Heimtali_vallavalitsus, lk 76
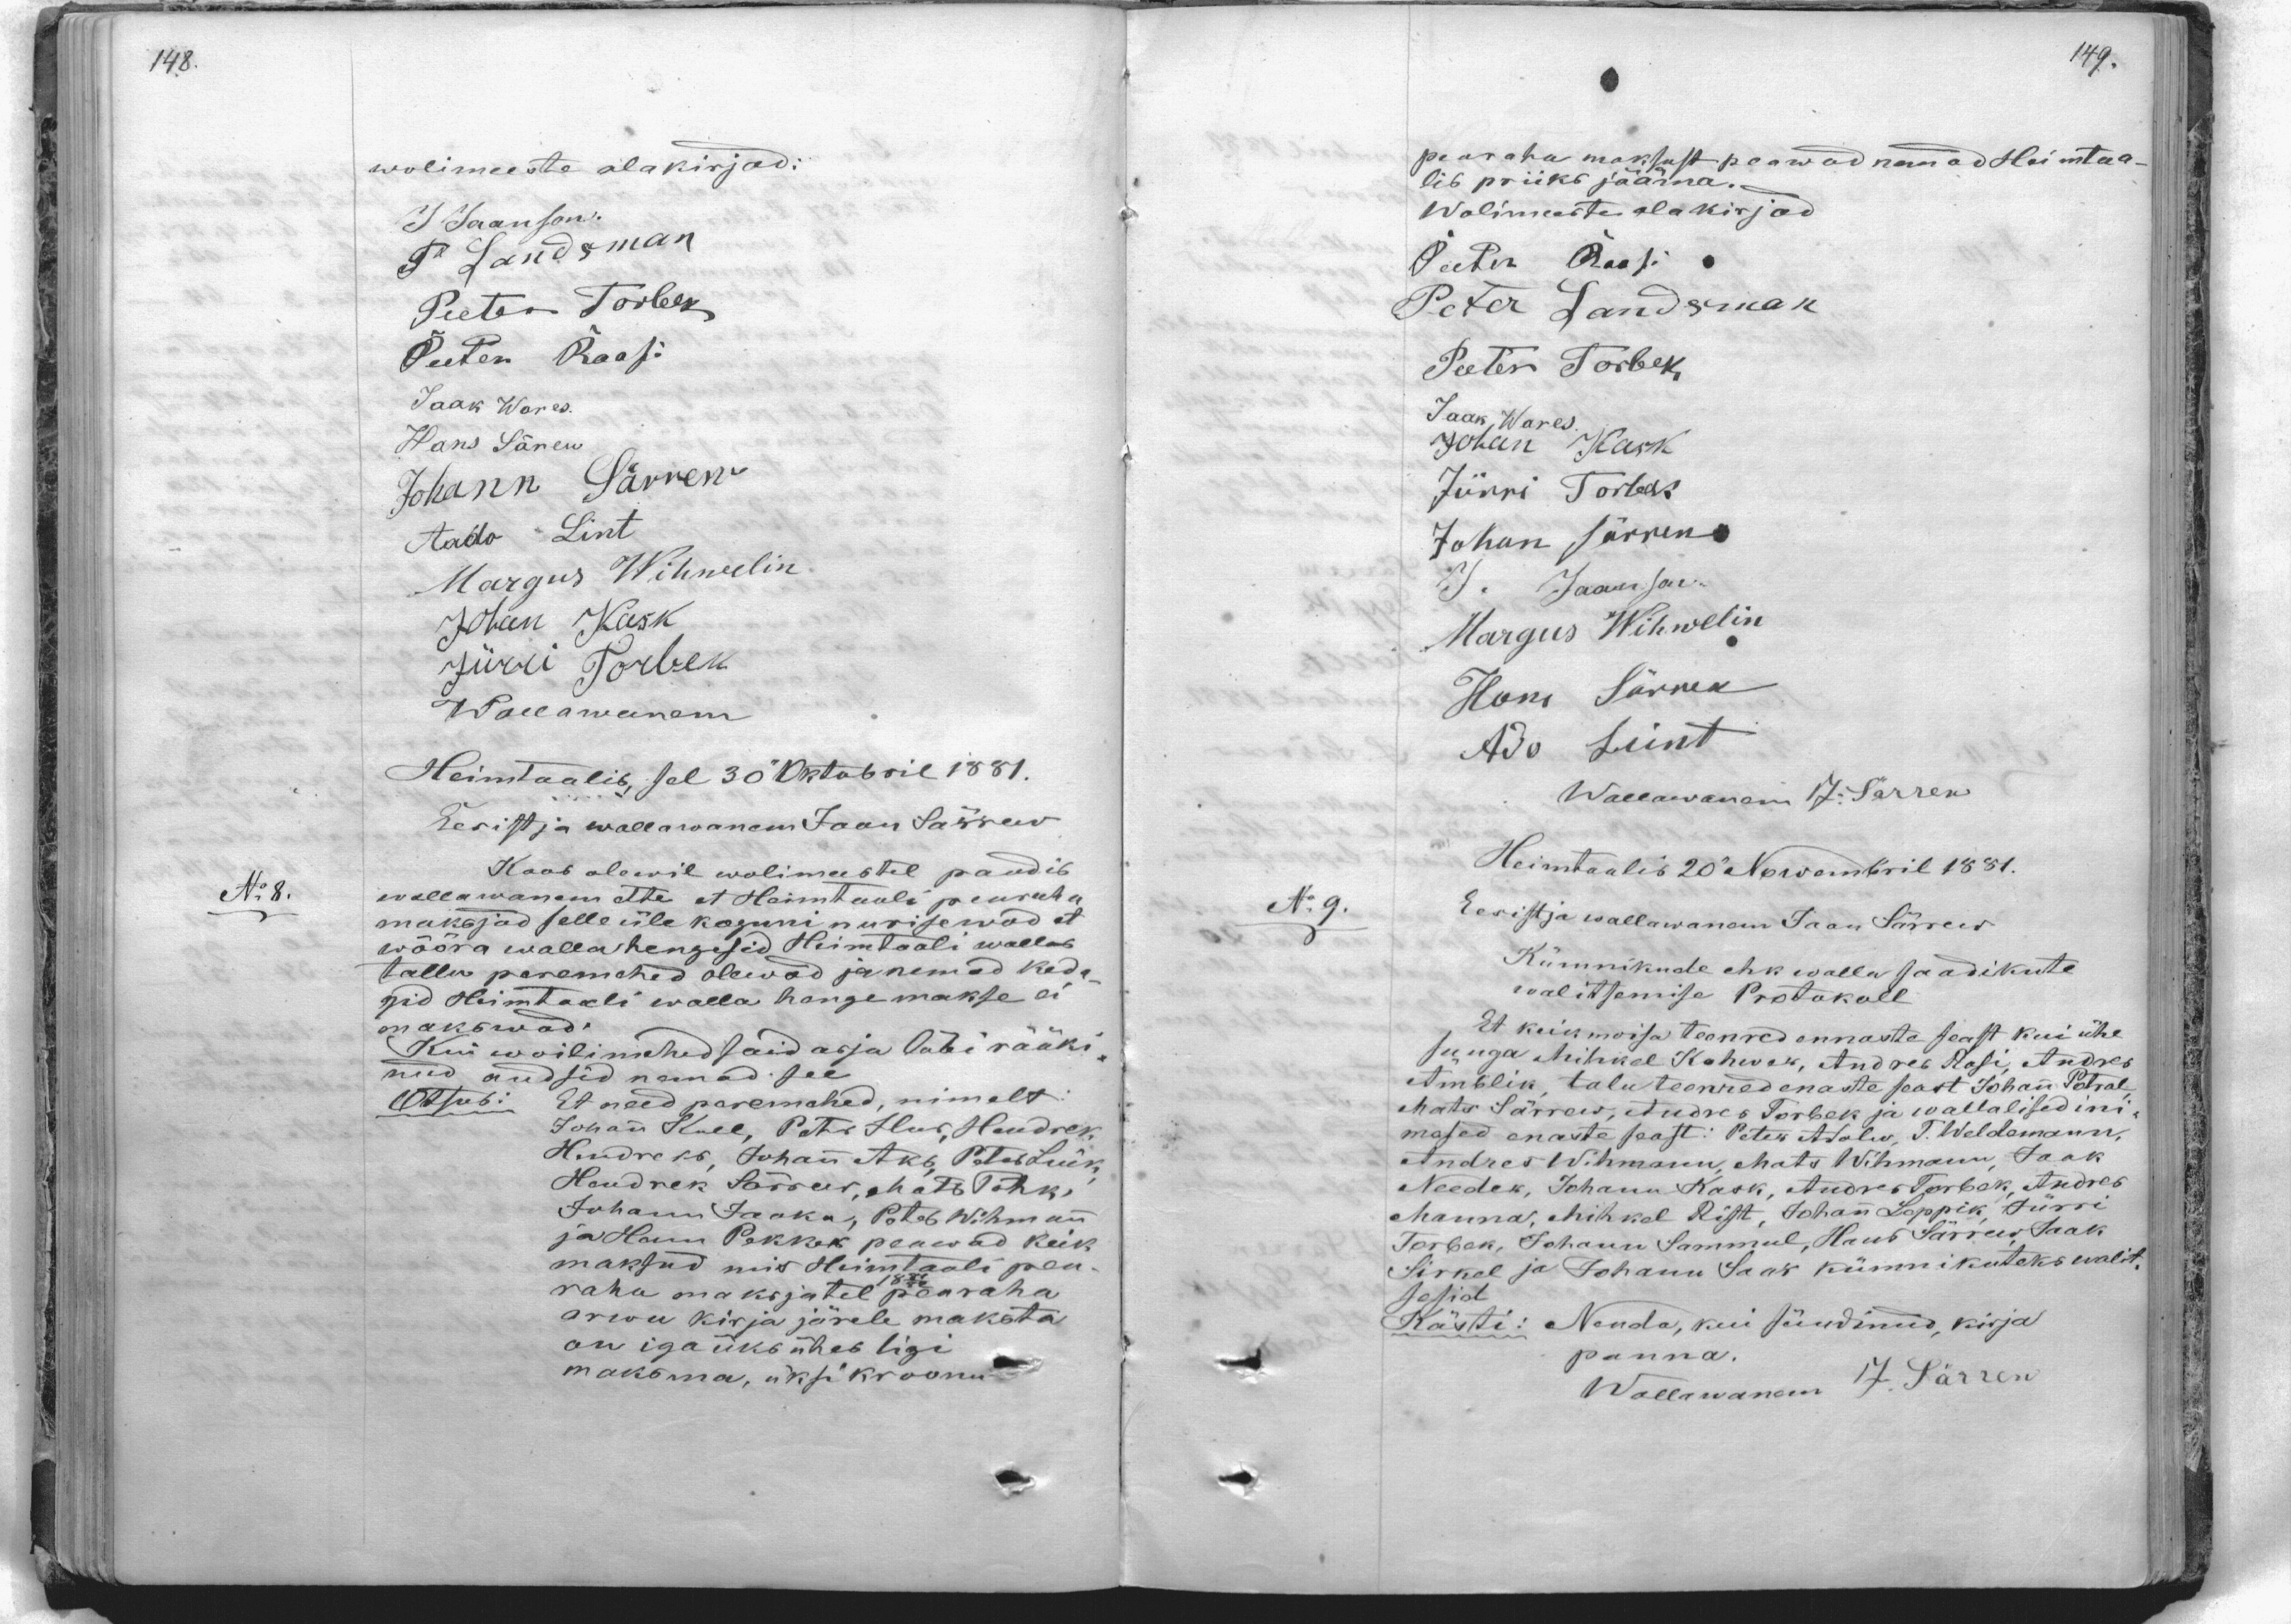
wolimeeste alakirjad:
J Jaanson.
P. Landmann
Peeter Torbek
Peeter Roosi
Jaak Wares.
Hans Särew.
Johann Särrew
Aado Lint
Margus Wihwelin
Johan Kask
Jürri Torbek.
Wallawanem
Heimtaalis, sel 30 Oktobril 1881.
Eesistja wallawanem Jaan Särrew
No 8.
Koos olewil wolimeestel pandib
wallawanem ette et Heimtaali pearaha
maksjad selle üle koguni nurisewad et
wõõra walla hengisid Heimtaali wallas
tallu peremehed olewad ja nemad keda-
sid Heimtaali walla hangemakse ei
makswad:
Kui woilimehed said asja läbi rääki-
nud andsid nemad see
Otsus: Et need peremehed, nimelt:
Johan Kull, Pets Hus, Hendrek,
Hendreks, Johan Aks, Peter Luik,
Hendrik Särrew, Mats Põhk,
Johann Jaaka, Peter Wihman
ja Henn Pekker peawad keik
maksud mis Heimtaali pea-
raha maksjatel peawaha
arwu kirja järele maksta
on iga üks ühes ligi
maksma, üksi kroonu

pearaha maksust peawad vanad Heimtaa-
lis priiks jääma
Wolimeeste alakirjad
Peeter Roosi
Peter Landsman
Peeten Torbek.
Jaak Wares.
Johan Kask
Jürri Torbek
Johan Särrew
J. Jaanson
Margus Wihwelin
Hans Särrew
Ado Lint
Wallawanem J. Särrew
Heimtaalis 20 Novemberil 1881.
Eesistja wallawanem Jaan Särrew
No:9.
Kümnikude ehk walla saadikute
walitsemise Protokoll
Et keik moisa teenred ennaste seast kui ühe
suuga Mihkel Kohwak, Andreb Rosi Andres
Amblik talu teenred enaste seast Johan Potral,
Mats Särrew, Andres Torbek ja wallalised ini-
mased enaste seast: Peter Adolw, T. Weldemann,
Andres Wihmann, Mats Wihmann, Jaak
Needek, Johann Kask, Andres Torbek, Andres
Manna, Mihkel Rist, Johan Leppik Jürri
Torbek, Johann Sammul, Hans Särrew Jaak
Sirkel ja Johann Saar kümnikuteks walit-
sesid
Kästi: Nenda, kui sündinud, kirja
panna.
Wallawanem J. Särrew